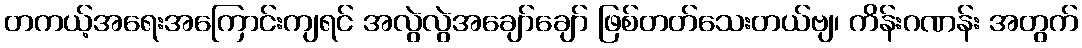
တကယ့်အရေးအကြောင်းကျရင် အလွဲလွဲအချော်ချော် ဖြစ်တတ်သေးတယ်ဗျ၊ ကိန်းဂဏန်း အတွက်